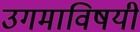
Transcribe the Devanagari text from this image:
उगमाविषयी